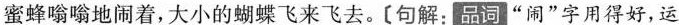
蜜蜂喻喻地闹着,大小的蝴蝶飞来飞。[句解:品词“闹”字用得好,运